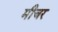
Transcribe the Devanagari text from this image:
मीचर